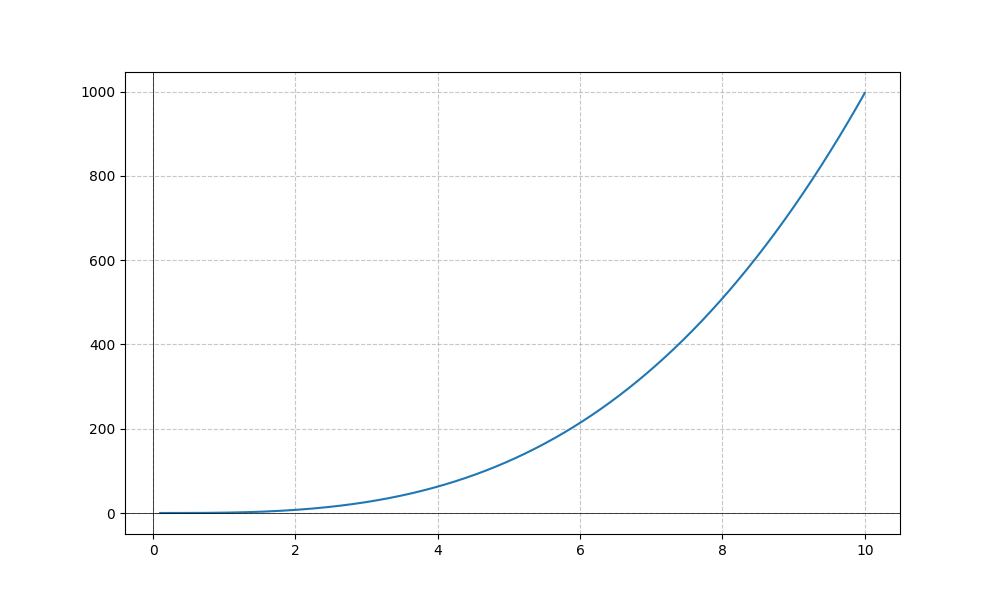
LaTeX formula: x^{4} \operatorname{acot}{\left(x \right)}